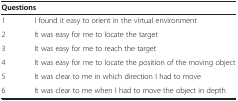
| <COLSPAN=2> Questions |
 | --- | --- |
 | 1 | I found it easy to orient in the virtual environment |
 | 2 | It was easy for me to locate the target |
 | 3 | It was easy for me to reach the target |
 | 4 | It was easy for me to locate the position of the moving object |
 | 5 | It was clear to me in which direction I had to move |
 | 6 | It was clear to me when I had to move the object in depth |